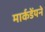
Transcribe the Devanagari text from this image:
मार्कडेंयने